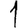
Digit: 1